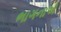
ભાગનાએ